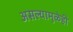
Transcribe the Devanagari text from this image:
असल्यामुळेही